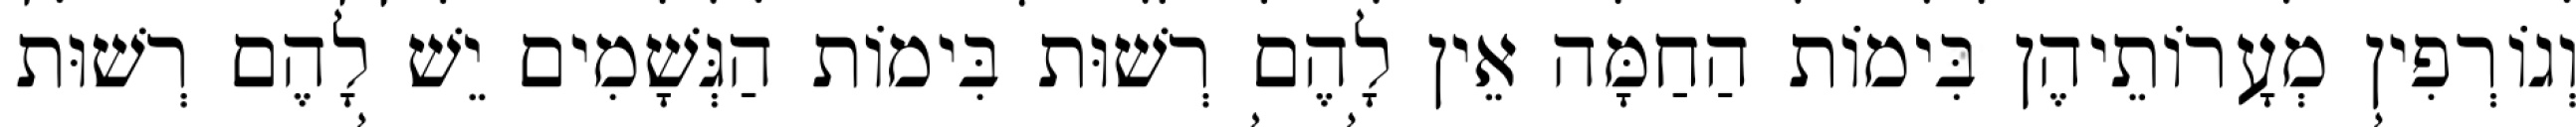
וְגוֹרְפִין מְעָרוֹתֵיהֶן בִּימוֹת הַחַמָּה אֵין לָהֶם רְשׁוּת בִּימוֹת הַגְּשָׁמִים יֵשׁ לָהֶם רְשׁוּת